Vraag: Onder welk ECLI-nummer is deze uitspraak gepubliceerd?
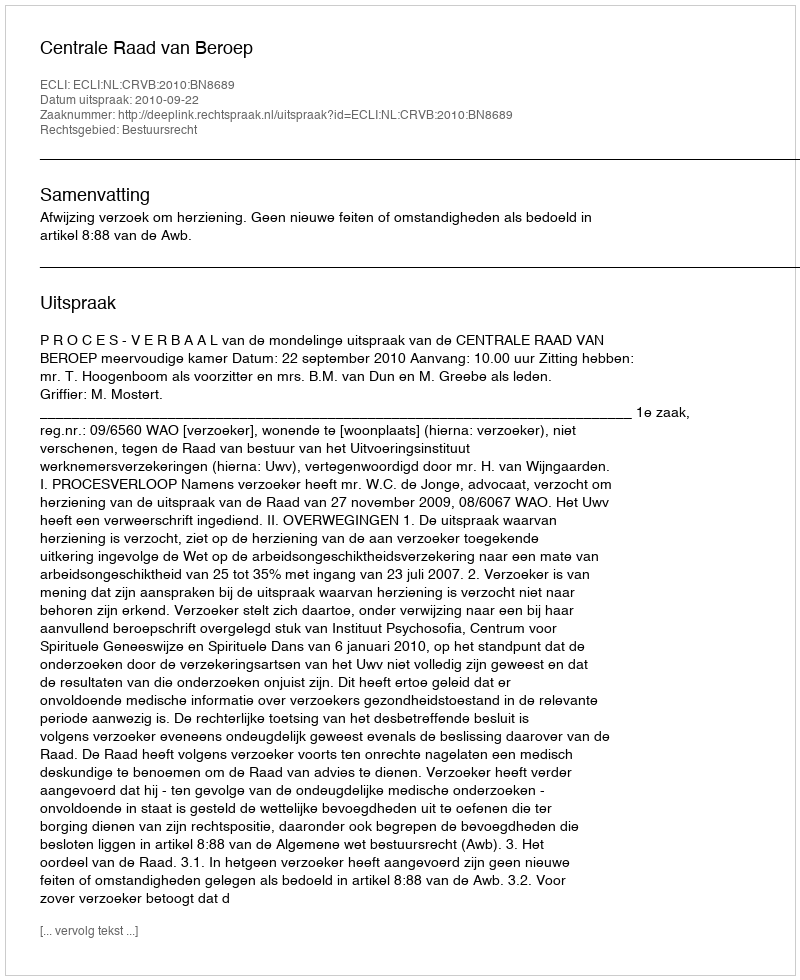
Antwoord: ECLI:NL:CRVB:2010:BN8689